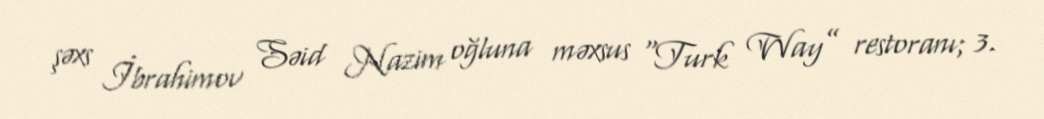
şəxs İbrahimov Səid Nazim oğluna məxsus “Turk Way” restoranı; 3.